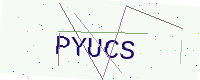
Text: PYUCS